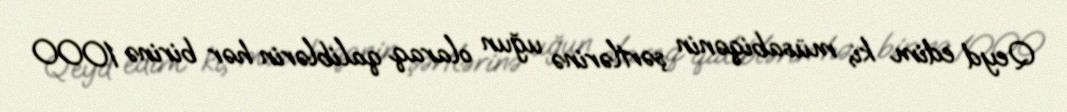
Qeyd edim ki, müsabiqənin şərtlərinə uğun olaraq qaliblərin hər birinə 1000